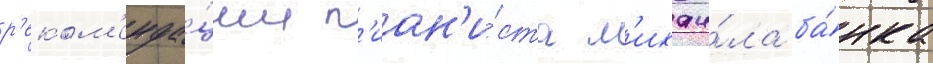
р'еком'енда́ции п'иан'и́ста м'ихаи́ла ба́нка